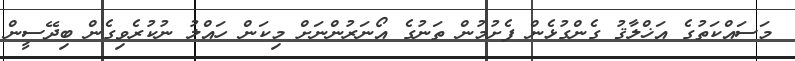
މަސައްކަތުގެ އަޚްލާޤު ގެންގުޅެން ފެށުމުން ތަނުގެ އޯނަރުންނަށް މިކަން ހައްލު ނުކުރެވިގެން ބިދޭސީން